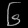
Digit: ၆